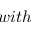
w i t h